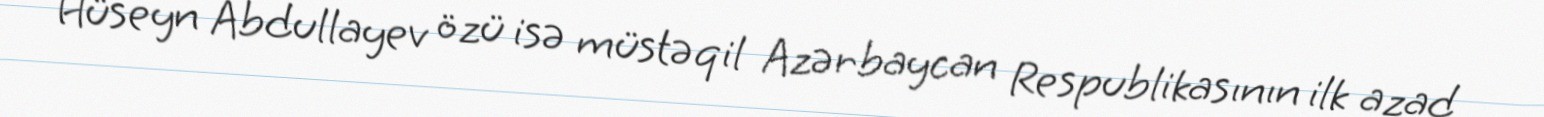
Hüseyn Abdullayev özü isə müstəqil Azərbaycan Respublikasının ilk azad